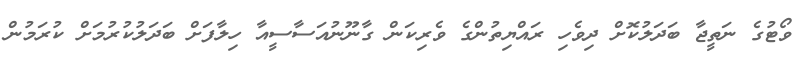
ވޯޓުގެ ނަތީޖާ ބަދަލުކޮށް ދިވެހި ރައްޔިތުންގެ ވެެރިކަން ގާނޫނުއަސާސީއާ ހިލާފަށް ބަދަލުކުރުމަށް ކުރަމުން